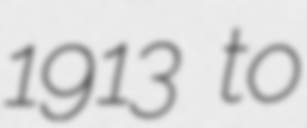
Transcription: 1913 to